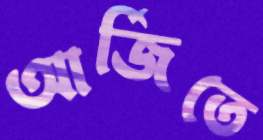
আর্জিতে